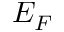
E _ { F }